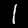
Label: 1